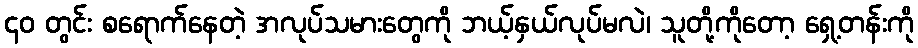
၄၀ တွင်း စရောက်နေတဲ့ အလုပ်သမားတွေကို ဘယ့်နှယ်လုပ်မလဲ၊ သူတို့ကိုတော့ ရှေ့တန်းကို